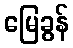
မြေခွန်